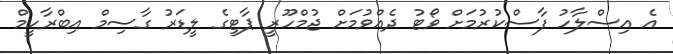
އެ އިސްލާހު ފާސްކުރުމަށް ވޯޓު ދެއްވުމަށް ޖުމްހޫރީ ޕާޓީގެ ލީޑަރު ގާސިމް އިބްރާހީމް